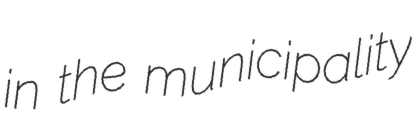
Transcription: in the municipality